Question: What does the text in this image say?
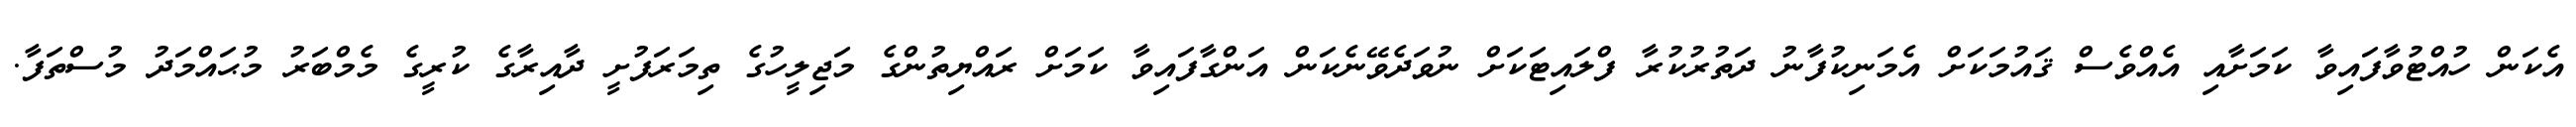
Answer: އެކަން ހުއްޓުވާފައިވާ ކަމަށާއި އެއްވެސް ޤައުމަކަށް އެމަނިކުފާނު ދަތުރުކުރާ ފްލައިޓަކަށް ނުވަދެވޭނެކަން އަންގާފައިވާ ކަމަށް ރައްޔިތުންގެ މަޖިލީހުގެ ތިމަރަފުށީ ދާއިރާގެ ކުރީގެ މެމްބަރު މުޙައްމަދު މުސްތަފާ.